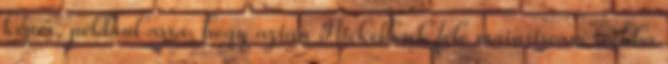
képes, például arra, hogy aztán Nickelback féle mainstream rockba